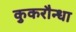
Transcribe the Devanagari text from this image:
कुकरौन्धा